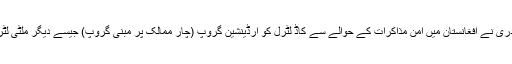
پاکستانی صحافیوں سے گفتگو کے دوران اعزاز چوہدری نے افغانستان میں امن مذاکرات کے حوالے سے کاڈ لٹرل کو آرڈینشین گروپ (چار ممالک پر مبنی گروپ) جیسے دیگر ملٹی لٹرل فورمز کی دوبارہ بحالی کی ضرورت پر زور دیا۔